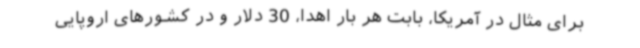
برای مثال در آمریکا، بابت هر بار اهدا، 30 دلار و در کشورهای اروپایی